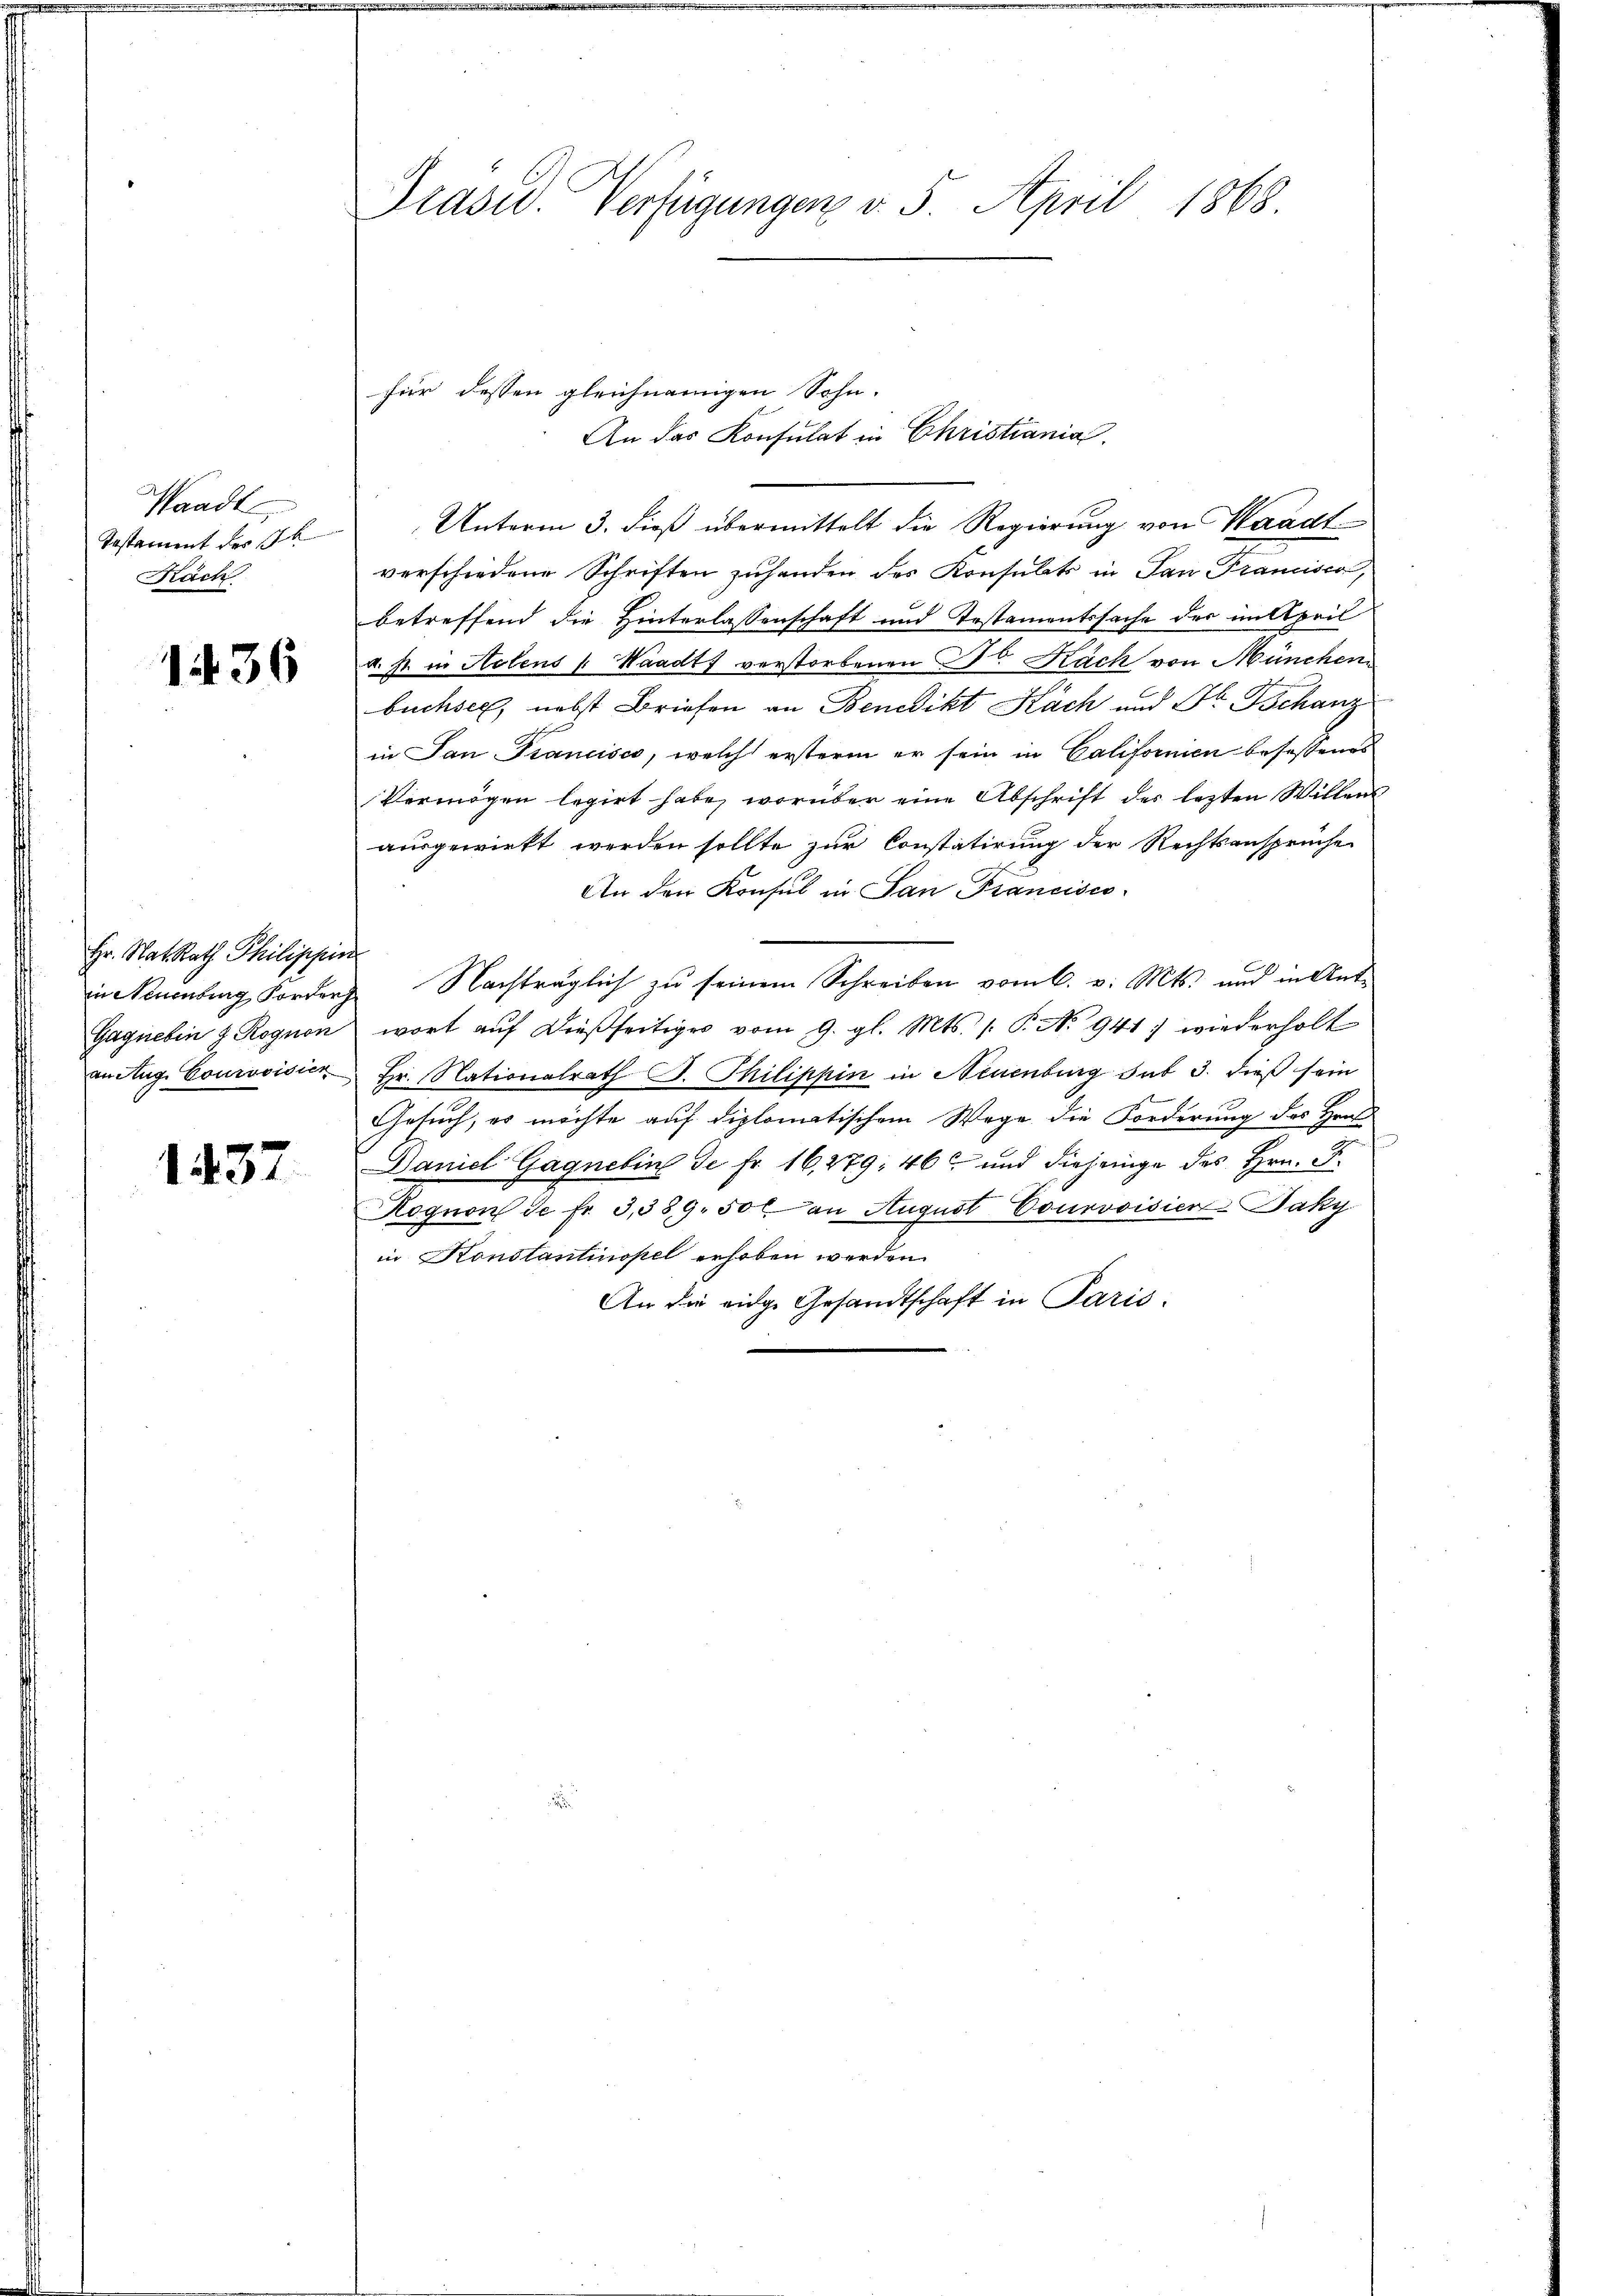
Waadt,
Testament der b
Rach

1436

Hr. Nat. Rath Philippin
Gagneben z. Rognon

1437

Präsid. Verfügungen v. 5. April 1868.

für dessen gleichnamigen Sohn.
An das Konsulat in Christiania.

Unterm 3. dieß übermittelt die Regierung von Waadt
verschiedene Schriften zuhanden des Konsulats in San Francisca,
betreffend die Hinterlassenschaft und Testamentssache der in April
A. st in Holens v. Waadt verstorbenen Dr. Rach von München
buchsee, nebst Briefen an Benedikt Käch und Dr. Tschanz
in San Francisco, welch ersterm er sein in Californien besessenes
Vermögen legirt habe, worüber eine Abschrift des lezten Willen
ausgewirkt werden sollte zur Constatirung der Rechtsansprüche
An den Konsul in San Francisco
in Neuenburg Forden Nachträglich zu seinem Schreiben vom 6. v. Mts. und in Antwort aŭf dießseitiges vom 9. gl. Mts. (: P. No 941, wiederholt
an Aug. Courvoisia Hr. Nationalrath B. Thilippin in Neuenburg sub 3. dieß sein

Gesuch, es möchte auf diplomatischem Wege die Forderung des Hrn
2
Daniel Gagnebin de Fr. 16, 279, 46 und diejenige des Hrn. F.
Hognon de fr. 3,389. 50 an August CourvoisierJaky
in Konstantinopel erhoben werden.
An die eidge Gesandtschaft in Paris.